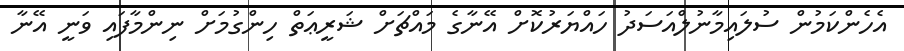
އެހެންކަމުން ސުލައިމާނުލްއަސަދު ހައްޔަރުކޮށް އޭނާގެ މައްޗަށް ޝަރީޢަތް ހިންގުމަށް ނިންމާފައި ވަނީ އޭނާ